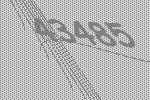
43485